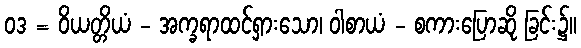
ဝဒ = ဝိယတ္တိယံ - အက္ခရာထင်ရှားသော၊ ဝါစာယံ - စကားပြောဆို ခြင်း၌။